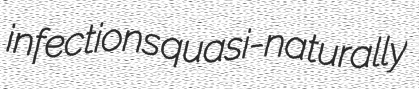
infections quasi-naturally